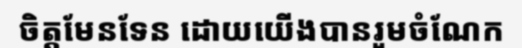
ចិត្តមែនទែន ដោយយើងបានរួមចំណែក